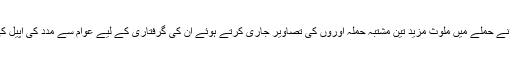
پولیس نے حملے میں ملوث مزید تین مشتبہ حملہ آوروں کی تصاویر جاری کرتے ہوئے ان کی گرفتاری کے لیے عوام سے مدد کی اپیل کی ہے۔